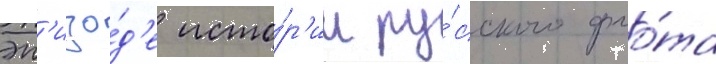
эп'изо́д'е исто́р'ии ру́сского фло́та